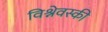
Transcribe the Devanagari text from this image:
विश्नेवस्की